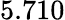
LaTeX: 5.710